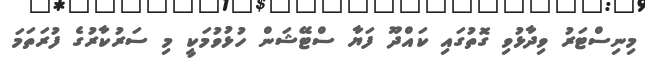
މިނިސްޓަރު ވިދާޅުވި ގޮތުގައި ކައްދޫ ފަޔާ ސްޓޭޝަން ހުޅުވުމަކީ މި ސަރުކާރުގެ ފުރަތަމަ